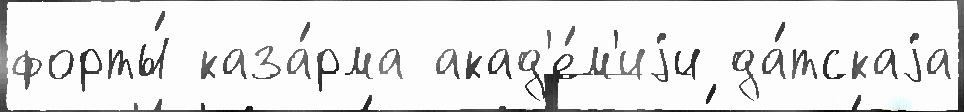
форты́ каза́рма акад'е́м'иjи да́тскаjа